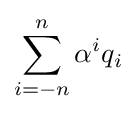
\sum _{i=-n}^{n}\alpha ^{i}q_{i}